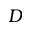
D